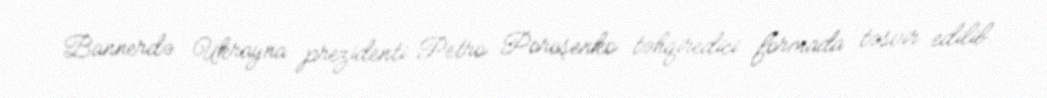
Bannerdə Ukrayna prezidenti Petro Poroşenko təhqiredici formada təsvir edilib.